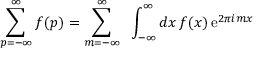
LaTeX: \sum _ { p = - \infty } ^ { \infty } f ( p ) = \sum _ { m = - \infty } ^ { \infty } \; \; \int _ { - \infty } ^ { \infty } d x \, f ( x ) \, \mathrm { e } ^ { 2 \pi i m x }